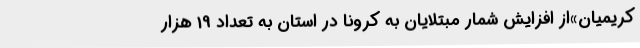
کریمیان»از افزایش شمار مبتلایان به کرونا در استان به تعداد 19 هزار